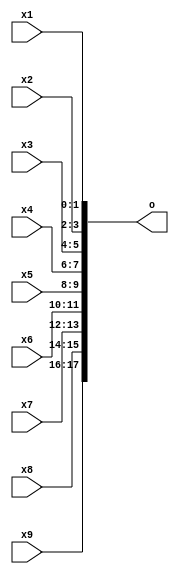
module Input_Collector(o, x1, x2, x3, x4, x5, x6, x7, x8, x9);
	output [18:1]o;
	input [2:1]x1;
	input [2:1]x2;
	input [2:1]x3;
	input [2:1]x4;
	input [2:1]x5;
	input [2:1]x6;
	input [2:1]x7;
	input [2:1]x8;
	input [2:1]x9;
	
	//button pressed from 2 players
	assign o[2:1] = x1[2:1];
	assign o[4:3] = x2[2:1];
	assign o[6:5] = x3[2:1];
	assign o[8:7] = x4[2:1];
	assign o[10:9] = x5[2:1];
	assign o[12:11] = x6[2:1];
	assign o[14:13] = x7[2:1];
	assign o[16:15] = x8[2:1];
	assign o[18:17] = x9[2:1];
	
endmodule